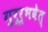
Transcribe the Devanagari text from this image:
गुरूर्भवेत्